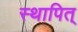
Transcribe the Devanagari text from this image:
स्थापित्